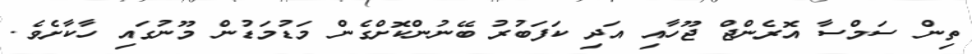
ތިން ސަމްސާ އޮރެންޖް ޖޫހާއި އަދި ކަފަބުރު ބޭނުންކޮށްގެން މަޑުމަޑުން މޫނުގައި ހާކާށެވެ.